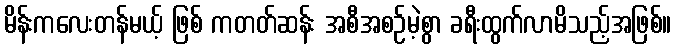
မိန်းကလေးတန်မယ့် ဖြစ် ကတတ်ဆန်း အစီအစဉ်မဲ့စွာ ခရီးထွက်လာမိသည့်အဖြစ်။